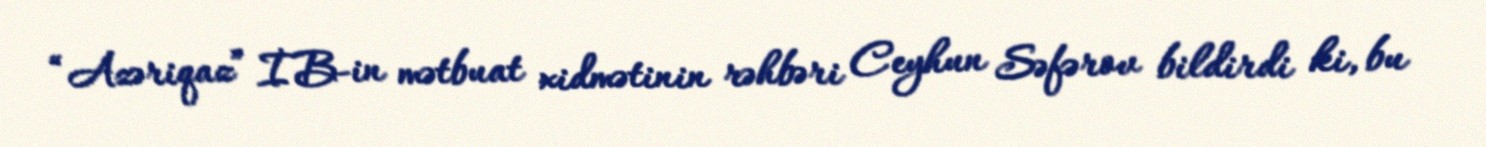
“Azəriqaz” İB-in mətbuat xidmətinin rəhbəri Ceyhun Səfərov bildirdi ki, bu